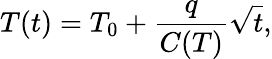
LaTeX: T(t)=T_{0}+\frac{q}{C(T)}\sqrt{t},